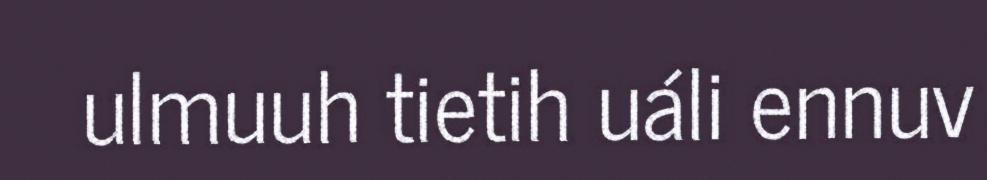
ulmuuh tietih uáli ennuv